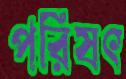
পরিষৎ